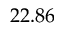
2 2 . 8 6